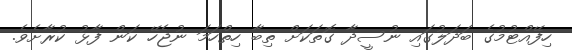
ހިފޭއްޓުމުގެ ބަދަލުގައި ނުސީދާ ގޮތަކަށް ތިބާ ހިތްހަމަ ނުޖެހޭ ކަން ފާޅު ކުރާށެވެ.